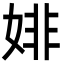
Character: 婔